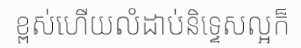
ខ្ពស់ហើយលំដាប់និទ្ទេសល្អក៏